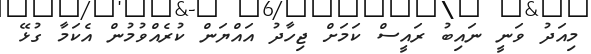
މިއަދު ވަނީ ނައިބު ރައީސް ކަމަށް ޖިހާދު އައްޔަން ކުރެއްވުމުން އެކަމާ ގުޅޭ